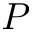
P